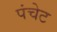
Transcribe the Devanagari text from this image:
पंचेट